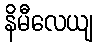
နိမီလေယျ